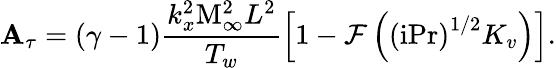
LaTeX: \mathbf{A}_{\tau}=\left(\gamma-1\right)\frac{{k_{x}^{2}\mathrm{{M}}_{\infty}^{2}L^{2}}}{{T_{w}}}\left[1-\mathcal{{F}}\left(\left(\mathrm{{i}}\mathrm{{Pr}}\right)^{1/2}K_{v}\right)\right].